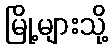
မြို့များသို့